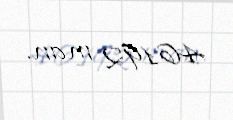
46192 man.